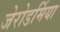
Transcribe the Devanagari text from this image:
जेरोडर्मिया